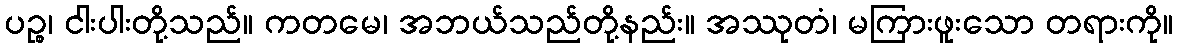
ပဉ္စ၊ ငါးပါးတို့သည်။ ကတမေ၊ အဘယ်သည်တို့နည်း။ အဿုတံ၊ မကြားဖူးသော တရားကို။